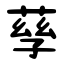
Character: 孶